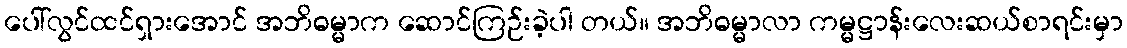
ပေါ်လွင်ထင်ရှားအောင် အဘိဓမ္မာက ဆောင်ကြဉ်းခဲ့ပါ တယ်။ အဘိဓမ္မာလာ ကမ္မဋ္ဌာန်းလေးဆယ်စာရင်းမှာ